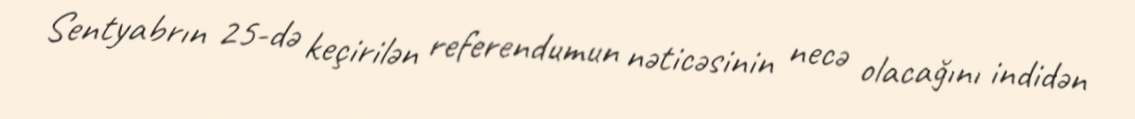
Sentyabrın 25-də keçirilən referendumun nəticəsinin necə olacağını indidən